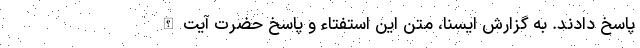
پاسخ دادند. به گزارش ایسنا، متن این استفتاء و پاسخ حضرت آیت‌الله